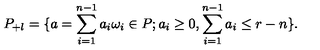
P _ { + l } = \{ a = \sum _ { i = 1 } ^ { n - 1 } a _ { i } \omega _ { i } \in P ; a _ { i } \ge 0 , \sum _ { i = 1 } ^ { n - 1 } a _ { i } \le r - n \} .